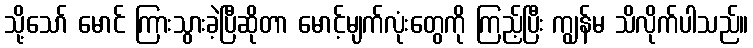
သို့သော် မောင် ကြားသွားခဲ့ပြီဆိုတာ မောင့်မျက်လုံးတွေကို ကြည့်ပြီး ကျွန်မ သိလိုက်ပါသည်။